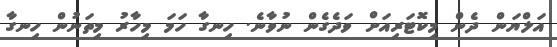
އަލްޔަން ދެން މިކޮޓަރިއަށް ވަދެގެން ނުވާނެ. ހިނގާ ހަމަ މިހާރު މިތަނުން ހިނގާ